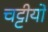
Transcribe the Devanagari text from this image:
चट्टीयों